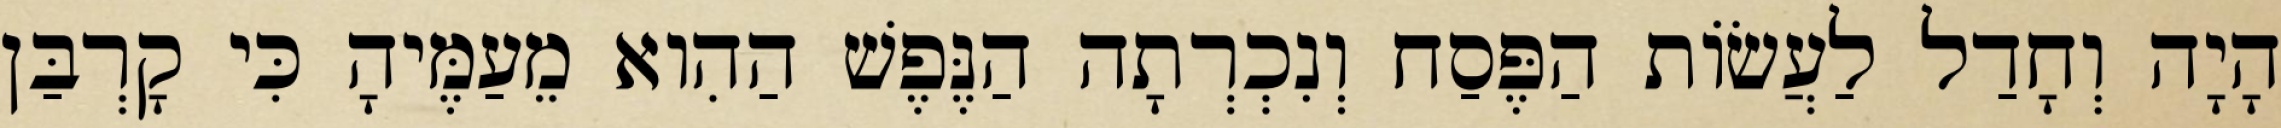
הָיָה וְחָדַל לַעֲשׂוֹת הַפֶּסַח וְנִכְרְתָה הַנֶּפֶשׁ הַהִוא מֵעַמֶּיהָ כִּי קָרְבַּן